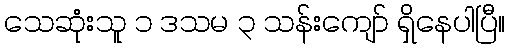
သေဆုံးသူ ၁ ဒသမ ၃ သန်းကျော် ရှိနေပါပြီ။